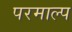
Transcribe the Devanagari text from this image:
परमाल्प